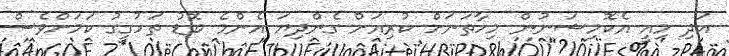
އަދި މިއީ އެކޮމިޝަނުން މިހާތަނަށް ކުރިއަށް ގެންދިޔަ އެންމެ ބޮޑު ތަހުގީގު ކަމަށްވެސް